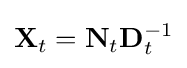
\mathbf {X} _{t}=\mathbf {N} _{t}\mathbf {D} _{t}^{-1}